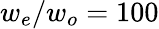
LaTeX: {w_{e}/w_{o}=100}